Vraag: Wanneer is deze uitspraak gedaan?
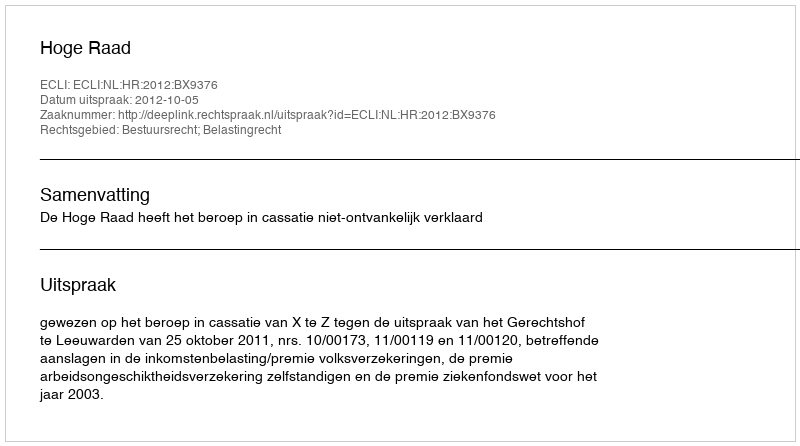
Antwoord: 2012-10-05